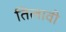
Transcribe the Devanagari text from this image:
तिलावी